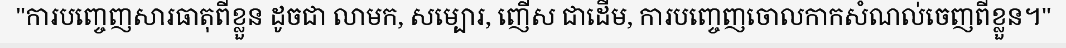
"ការបញ្ចេញសារធាតុពីខ្លួន ដូចជា លាមក, សម្បោរ, ញើស ជាដើម, ការបញ្ចេញចោលកាកសំណល់ចេញពីខ្លួន។"